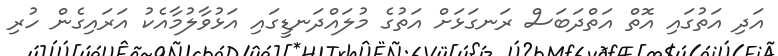
އަދި އަތުގައި އޮތް އަތްދަބަސް ރަނގަޅަށް އަތުގެ މުލައްދަނޑީގައި އަޅުވާލުމާއެކު އަރައިގެން ހުރި